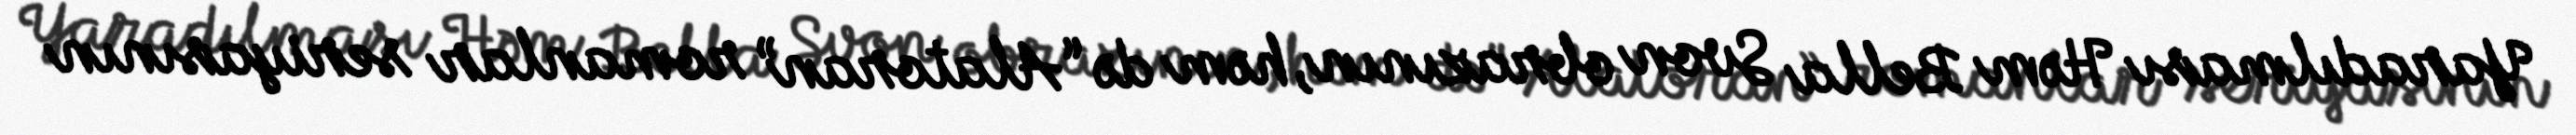
Yaradılması Həm Bella Svon obrazının, həm də “Alatoran” romanlar seriyasının